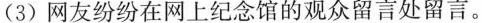
(3)网友纷纷在网上纪念馆的观众留言处留言。